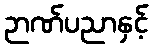
ဉာဏ်ပညာနှင့်